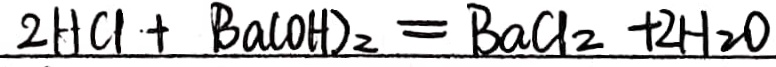
2 H C l + B a ( O H ) _ { 2 } = B a C l _ { 2 } + 2 H _ { 2 } O